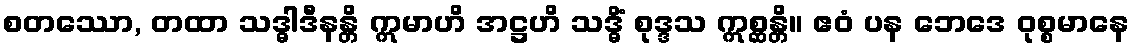
စတဿော, တထာ သဒ္ဓါဒီနန္တိ ဣမာဟိ အဋ္ဌဟိ သဒ္ဓိံ စုဒ္ဒသ ဣစ္ဆန္တိ။ ဧဝံ ပန ဘေဒေ ဝုစ္စမာနေ